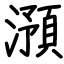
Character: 澦